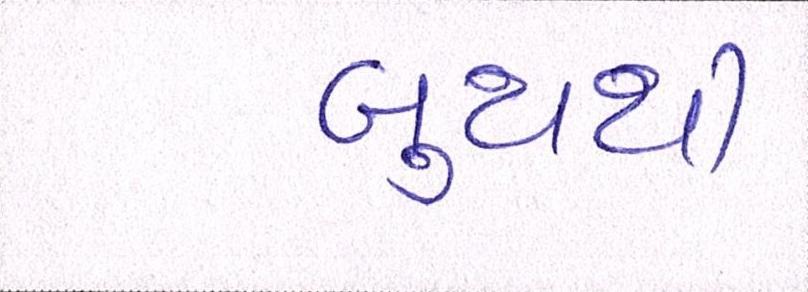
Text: બુથથી